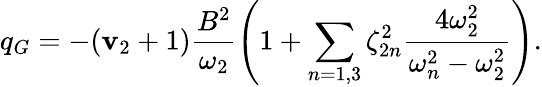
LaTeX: q_{G}=-(\mathbf{v}_{2}+1)\frac{{B^{2}}}{{\omega_{2}}}\left(1+\sum_{n=1,3}\zeta_{2n}^{2}\frac{{4\omega_{2}^{2}}}{{\omega_{n}^{2}-\omega_{2}^{2}}}\right).